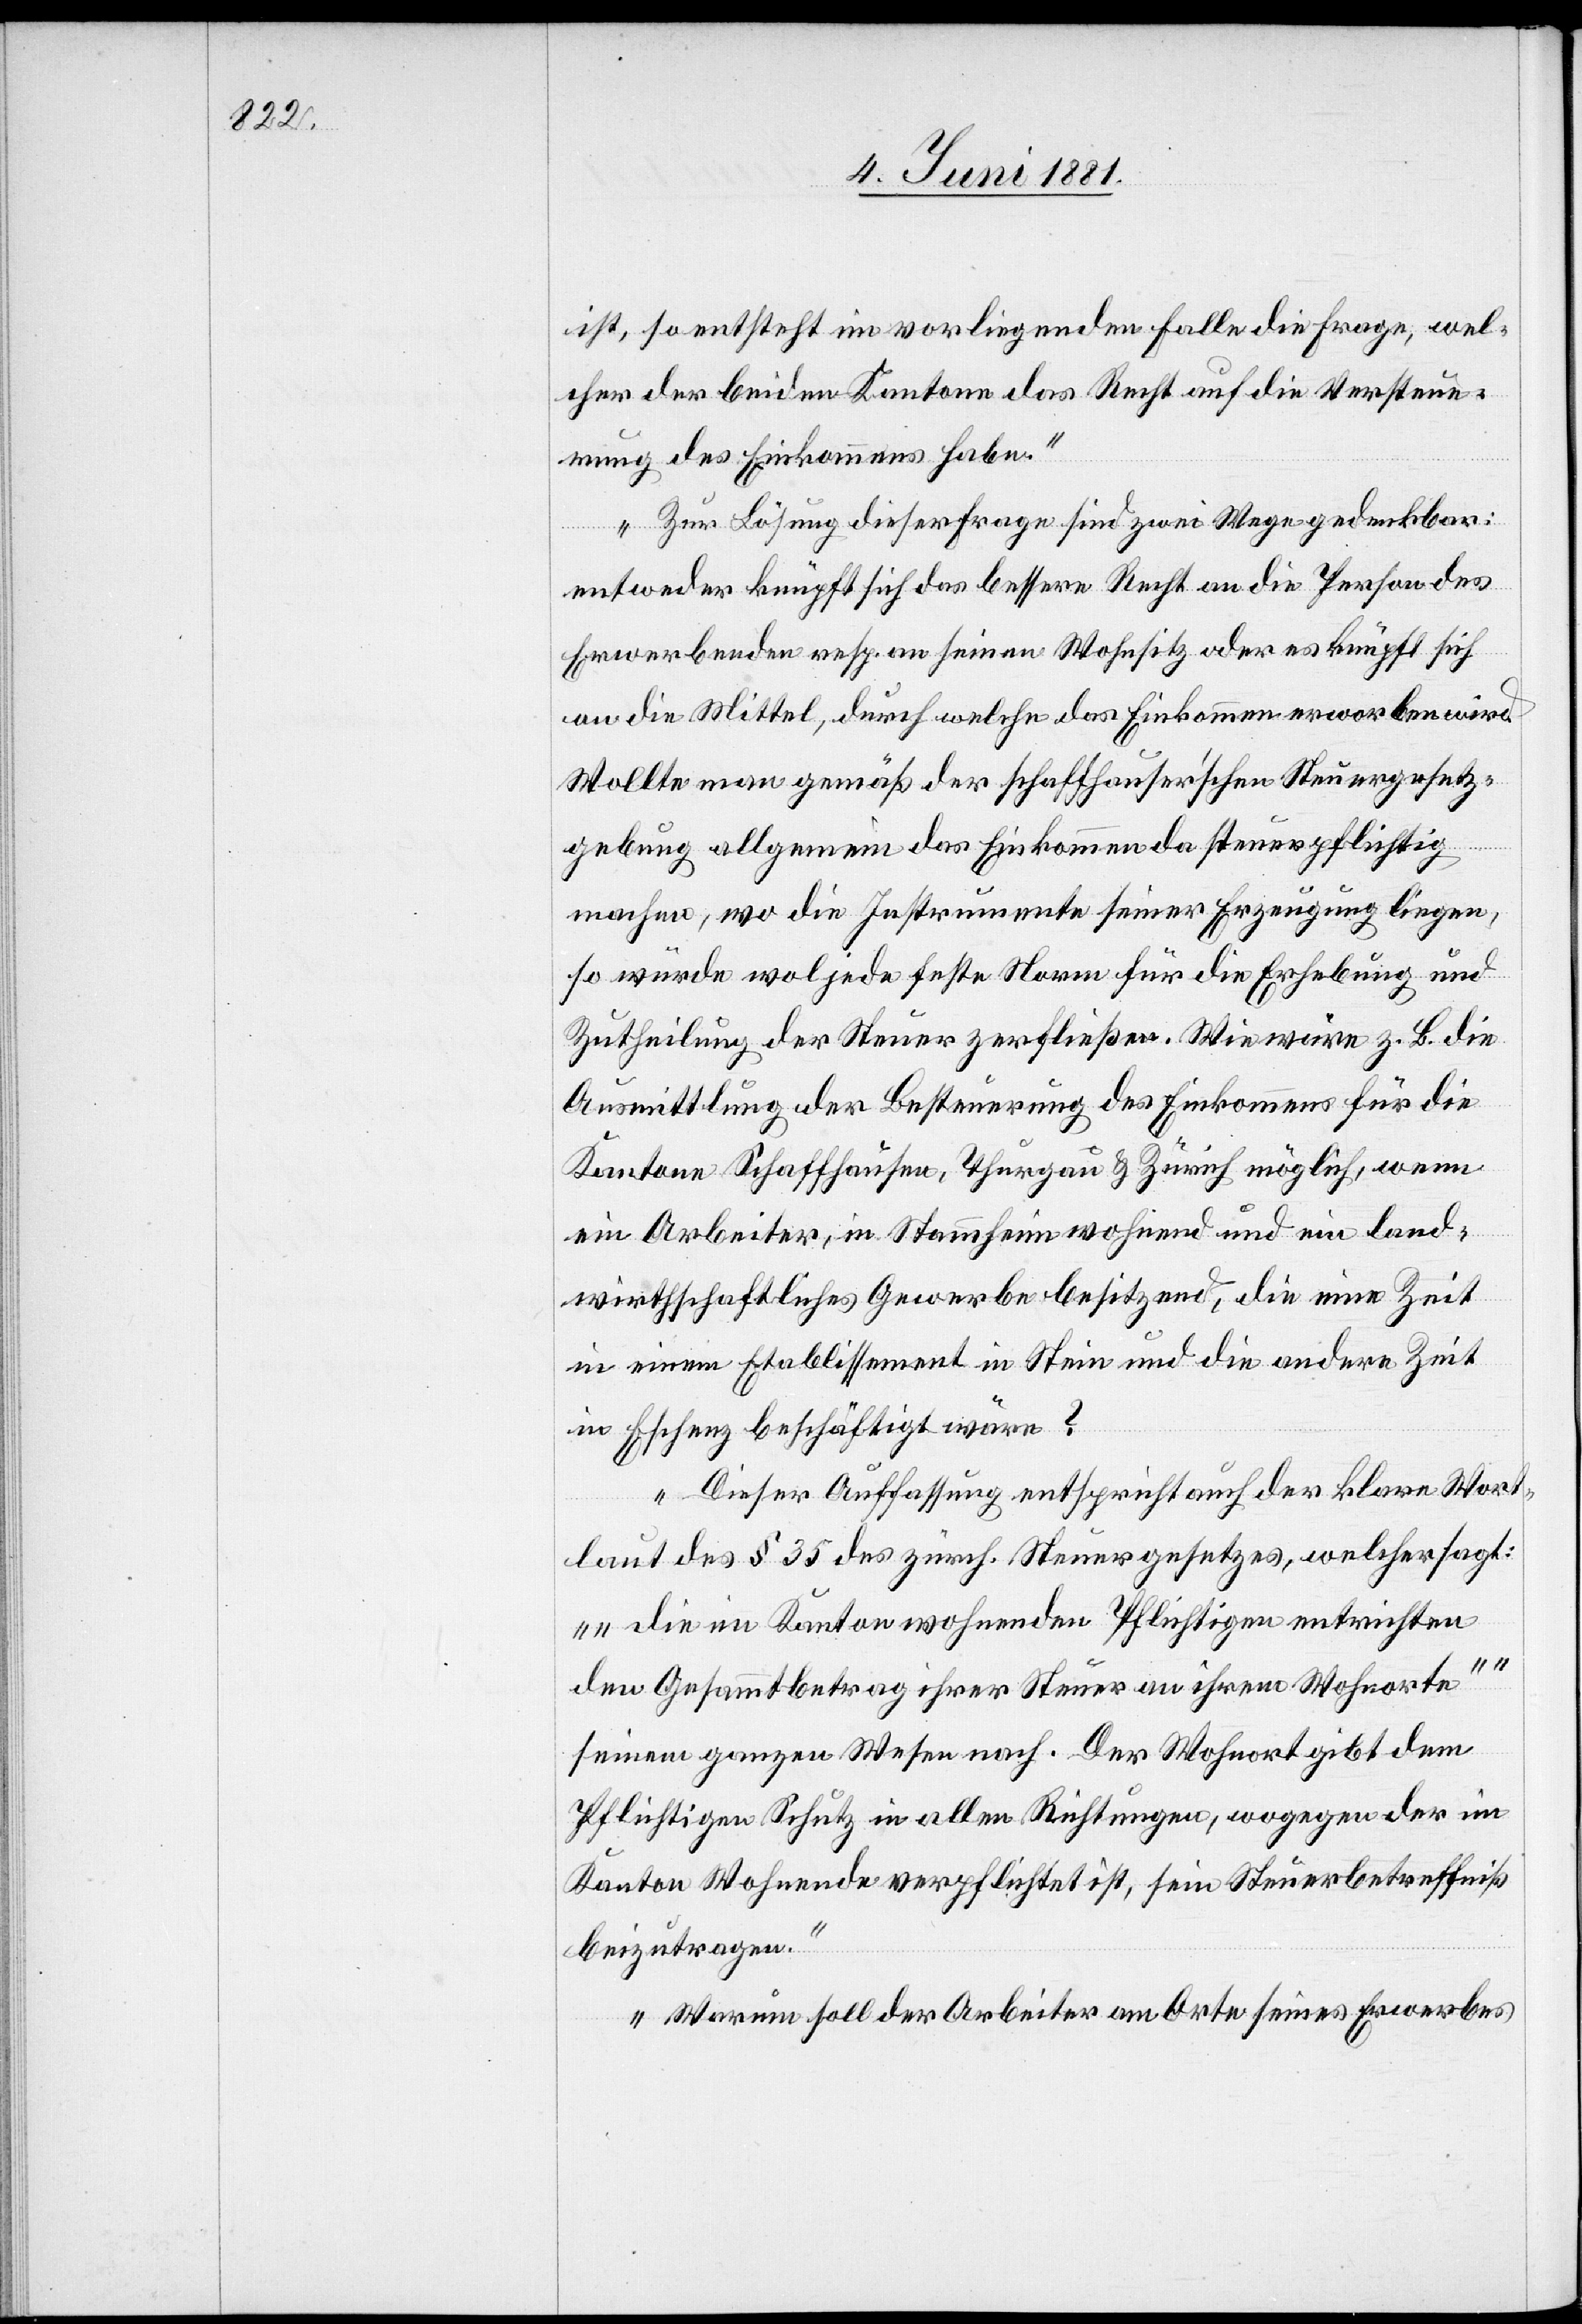
ist, so entsteht im vorliegenden Falle die Frage, wel¬
cher der beiden Kantone das Recht auf die Versteue¬
rung des Einkommens habe.
Zur Lösung dieser Frage sind zwei Wege gedenkbar:
entweder knüpft sich das bessere Recht an die Person des
Erwerbenden resp. an seinen Wohnsitz oder es knüpft sich
an die Mittel, durch welche das Einkommen erworben wird.
Wollte man gemäß der schaffhauser’schen Steuergesetz¬
gebung allgemein das Einkommen da steuerpflichtig
machen, wo die Instrumente seiner Erzeugung liegen,
so würde wol jede feste Norm für die Erhebung und
Zutheilung der Steuer zerfließen. Wie wäre z. B. die
Ausmittlung der Besteuerung des Einkommens für die
Kantone Schaffhausen, Thurgau & Zürich möglich, wenn
ein Arbeiter, in Stammheim wohnend und ein land¬
wirthschaftliches Gewerbe besitzend, die eine Zeit
in einem Etablissement in Stein und die andere Zeit
in Eschenz beschäftigt wäre?
Dieser Auffassung entspricht auch der klare Wort¬
laut des § 35 des zürch. Steuergesetzes, welcher sagt:
„die im Kanton wohnenden Pflichtigen entrichten
den Gesammtbetrag ihrer Steuer an ihrem Wohnorte“
seinem ganzen Wesen nach. Der Wohnort gibt dem
Pflichtigen Schutz in allen Richtungen, wogegen der im
Kanton Wohnende verpflichtet ist, sein Steuerbetreffniß
beizutragen.
Warum soll der Arbeiter am Orte seines Erwerbes